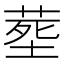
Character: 塟